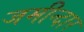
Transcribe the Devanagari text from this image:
जमीन्दार